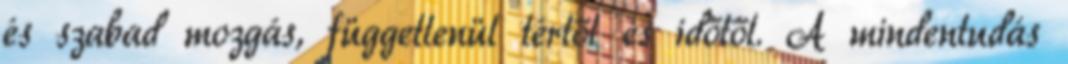
és szabad mozgás, függetlenül tértől és időtől. A mindentudás